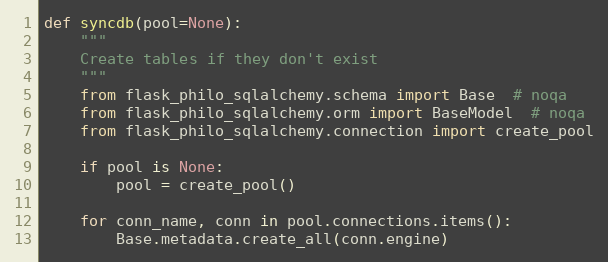
Language: Python
def syncdb(pool=None):
    """
    Create tables if they don't exist
    """
    from flask_philo_sqlalchemy.schema import Base  # noqa
    from flask_philo_sqlalchemy.orm import BaseModel  # noqa
    from flask_philo_sqlalchemy.connection import create_pool

    if pool is None:
        pool = create_pool()

    for conn_name, conn in pool.connections.items():
        Base.metadata.create_all(conn.engine)